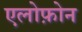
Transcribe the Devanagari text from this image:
एलोफ़ोन